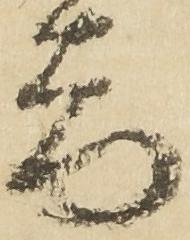
器